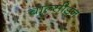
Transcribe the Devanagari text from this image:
चाल्सीडन